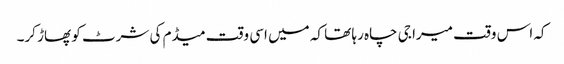
کہ اس وقت میرا جی چاہ رہا تھا کہ میں اسی وقت میڈم کی شرٹ کو پھاڑ کر۔